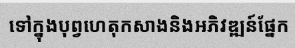
ទៅក្នុងបុព្វហេតុកសាងនិងអភិវឌ្ឍន៍ផ្នែក